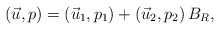
\begin{align*}(\vec u,p)=(\vec u_1,p_1)+(\vec u_2,p_2) \, B_R,\end{align*}